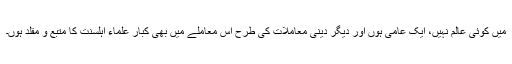
میں کوئی عالم نہیں، ایک عامی ہوں اور دیگر دینی معاملات کی طرح اس معاملے میں بھی کبار علماء اہلسنت کا متبع و مقلد ہوں۔